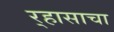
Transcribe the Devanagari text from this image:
र्‍हासाचा